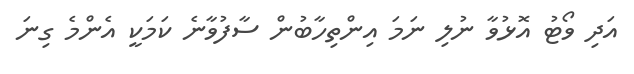
އަދި ވޯޓު އޮޅުވާ ނުލި ނަމަ އިންތިހާބުން ސާފުވާނެ ކަމަކީ އެންމެ ގިނަ